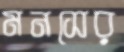
মনসের